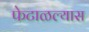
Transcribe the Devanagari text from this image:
फेटाळल्यास